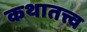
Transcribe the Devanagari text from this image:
कथातत्त्व